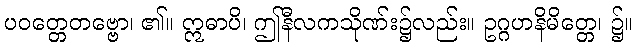
ပဝတ္တေတဗ္ဗော၊ ၏။ ဣဓာပိ၊ ဤနီလကသိုဏ်း၌လည်း။ ဥဂ္ဂဟနိမိတ္တေ၊ ၌။